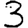
Digit: 3